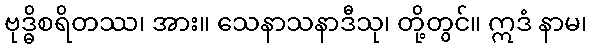
ဗုဒ္ဓိစရိတဿ၊ အား။ သေနာသနာဒီသု၊ တို့တွင်။ ဣဒံ နာမ၊